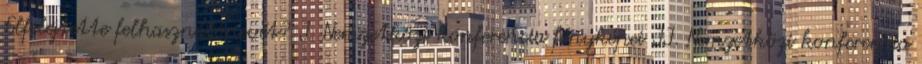
Elfelejtette felhasználónevét? I. Nemzetközi konferencia fényképei II. Nemzetközi konferencia